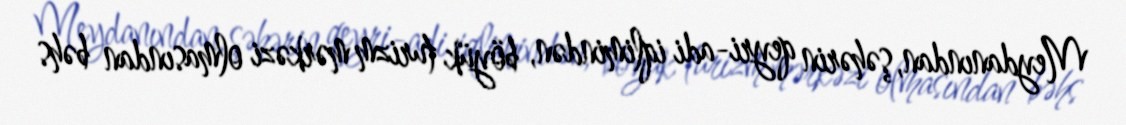
Meydanından, şəhərin qeyri-adi iqlimindən, böyük turizm mərkəzi olmasından bəhs